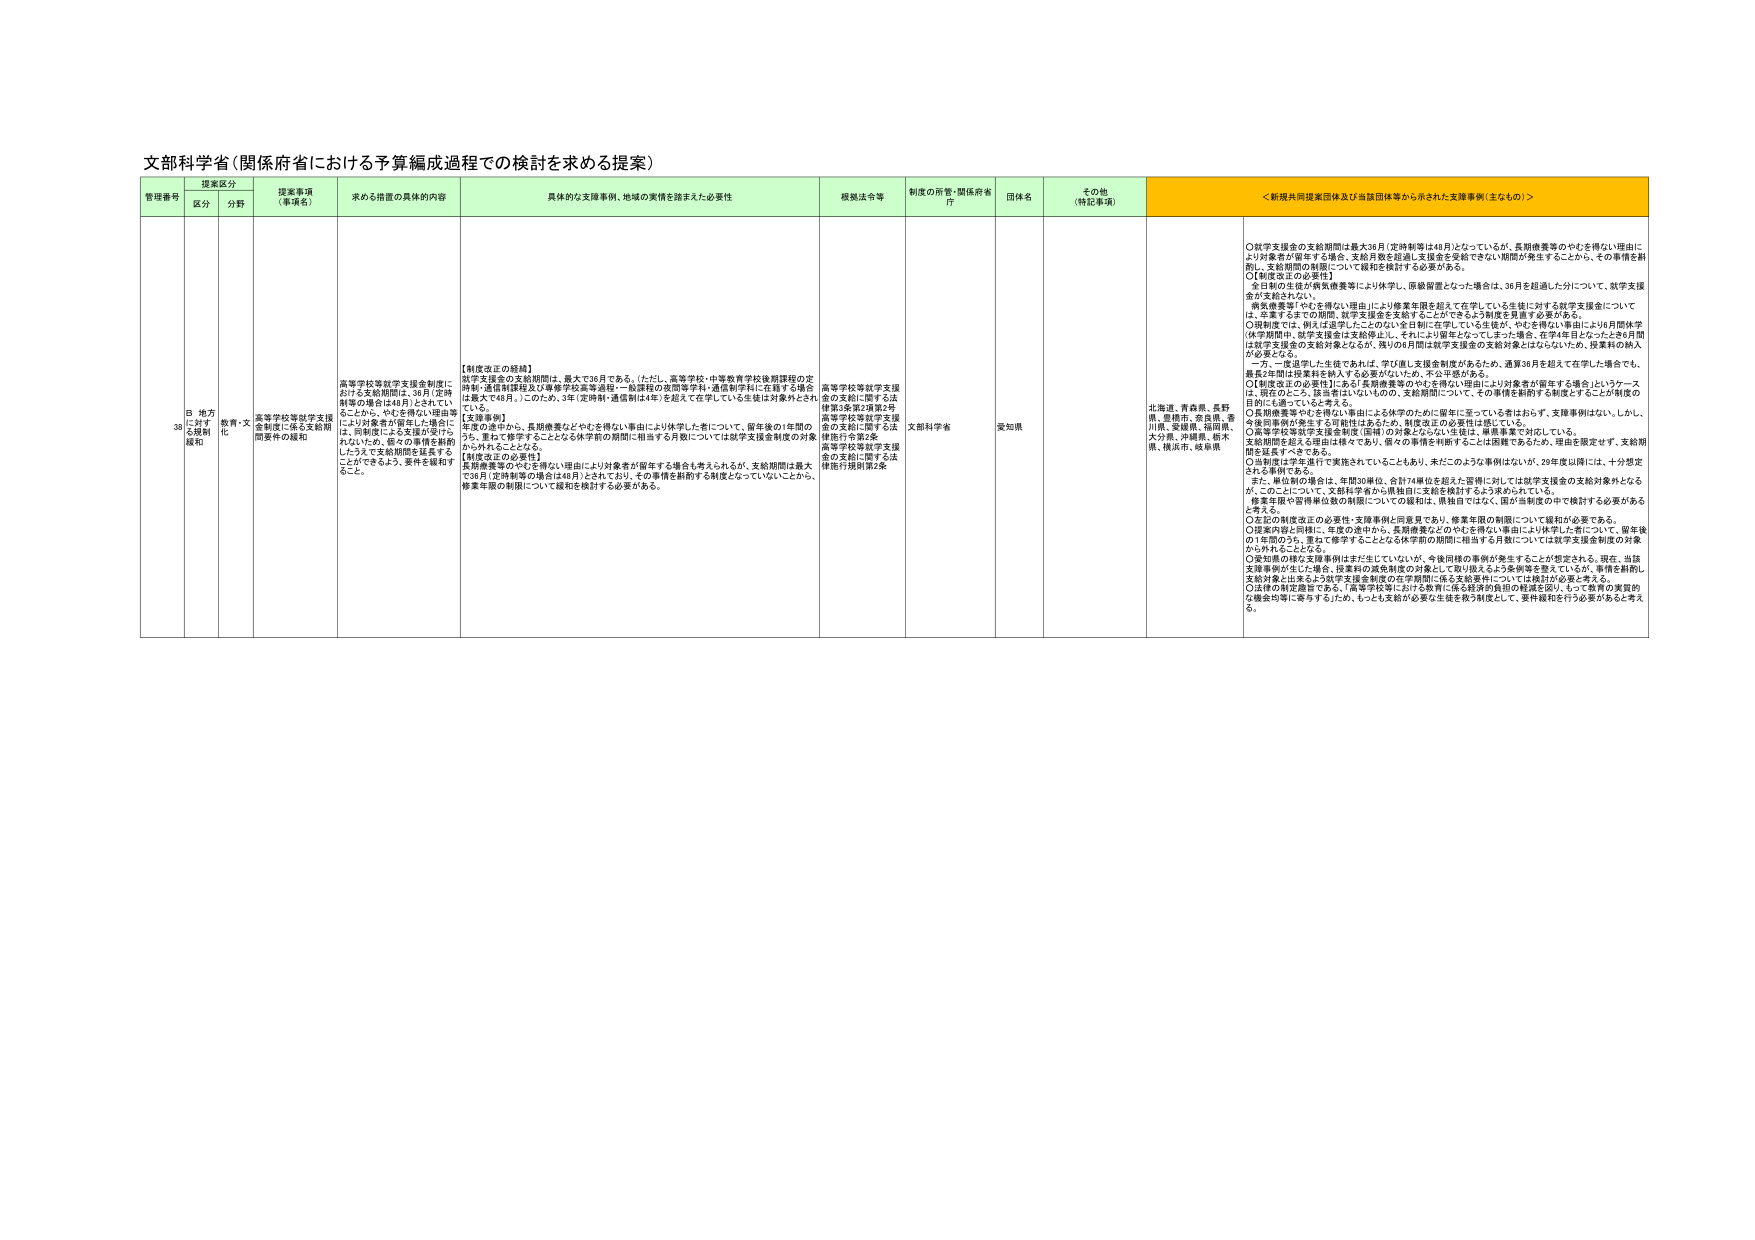
文部科学省（関係府省における予算編成過程での検討を求める提案）

管理番号 提案区分 提案事項（事項名） 求める措置の具体的内容 具体的な支援事例、地域の実情を踏まえた必要性 根拠法令等 制度の所管・関係府省庁 団体名 その他（特記事項） ＜新規共同提案団体及び当該団体等から示された支援事例（主なもの）＞

3a B 地方に対する規制緩和 教育・文化 高等学校等就学支援金制度における支給期間は、36月（定時制等の場合は48月）とされていることから、やむを得ない理由等により対象者が留年した場合には、同制度による支援が受けられないので、個々の事情を斟酌したうえで支給期間を延長することができるよう、要件を緩和すること。 【制度改正の経緯】 就学支援金の支給期間は、最大で36月である。（ただし、高等学校・中等教育学校後期課程の定時制・通信制課程及び専修学校高等課程・一般課程の夜間等学科・通信制学科に在籍する場合は最大で48月。）このため、3年（定時制・通信制は4年）を超えて在学している生徒は対象外とされている。 【支援事例】 年度の途中から、長期療養などやむを得ない理由により休学した者について、留年後の1年間のうち、重ねて修学することとなる休学前の期間に相当する月数については就学支援金制度の対象から外れることとなる。 【制度改正の必要性】 長期療養等のやむを得ない理由により対象者が留年する場合も考えられるが、支給期間は最大で36月（定時制等の場合は48月）とされており、その事情を斟酌する制度となっていないことから、修業年限の制限について緩和を検討する必要がある。 高等学校等就学支援金の支給に関する法律第3条第2項第2号 高等学校等就学支援金の支給に関する法律施行令第2条 高等学校等就学支援金の支給に関する法律施行規則第2条 文部科学省 愛知県 北海道、青森県、長野県、島根県、奈良県、香川県、愛媛県、福岡県、大分県、沖縄県、栃木県、横浜市、岐阜県 ○就学支援金の支給期間は最大36月（定時制等は48月）となっているが、長期療養等のやむを得ない理由により対象者が留年する場合、支給月数を超過し支援金を受給できない問題が発生することから、その事情を斟酌し、支給期間の制限について緩和を検討する必要がある。 ○【制度改正の必要性】 全日制の生徒が病気療養等により休学し、原級留置となった場合は、36月を超過した分について、就学支援金が支給されない。 病気療養等「やむを得ない理由」により修業年限を超えて在学している生徒に対する就学支援金については、卒業するまでの期間、就学支援金を支給することができるよう制度を見直す必要がある。 ○現制度では、例えば退学したことのない1年目制に在学している生徒が、やむを得ない理由により6月間休学（休学期間中、就学支援金は支給停止し、それにより留年となってしまった場合、在学4年目となったとき6月間は就学支援金の支給対象となるが、残りの6月間は就学支援金の支給対象とはならないため、授業料の納入が必要となる。 一方、一度退学した生徒であれば、学び直し支援金制度があるため、通算36月を超えて在学した場合でも、最長2年間は授業料を納入する必要がないため、不公平感がある。 ○【制度改正の必要性】にある「長期療養等のやむを得ない理由により対象者が留年する場合」というケースは、現在のところ、該当者はないものの、支給期間について、その事情を斟酌する制度とすることが制度の目的に合致していると考える。 ○長期療養等やむを得ない理由による休学のために留年に至っている者はおらず、支援事例はない。しかし、今後同事情が発生する可能性はあるため、制度改正の必要性は感じている。 ○高等学校等就学支援金制度（国庫）の対象とならない生徒は、単独事業で対応している。 支給期間を超える理由は様々であり、個々の事情を斟酌することは困難であるため、理由を限定せず、支給期間を延長すべきである。 ○3年前は2年生で進行で実施されていることもあり、未にこのような事例はないが、29年度以降には、十分想定される事例である。 また、単位制の場合も、年間30単位、合計74単位を超えた皆様に対しては就学支援金の支給対象外となるが、このことについて、文部科学省から県独自に支給を検討するよう求められている。 修業年限や習得単位数の制限についての緩和は、県独自ではなく、国が当制度の中で検討する必要があると考える。 ○左記の制度改正の必要性・支援事例と同意見であり、修業年限の制限について緩和が必要である。 ○提案内容と同様に、年度の途中から、長期療養などやむを得ない理由により休学した者について、留年後の1年間のうち、重ねて修学することとなる休学前の期間に相当する月数については就学支援金制度の対象から外れることとなる。 ○愛知県の様な支援事例はまだ生じていないが、今後同様の事例が発生することが想定される。現在、当該支援事例が生じた場合、授業料の減免制度の対象として取り扱えるよう要綱を整えているが、費用を軽減し、支給対象と出来るよう就学支援金制度の在学期間に係る支給要件については検討が必要と考える。 ○法律の制定趣旨にある、「高等学校等における教育に係る経済的負担の軽減を図り、もって教育の実質的な機会均等に寄与する」ため、もっとも支給が必要な生徒を救う制度として、要件緩和を行う必要があると考える。